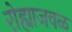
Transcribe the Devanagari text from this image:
रोह्याजवळ